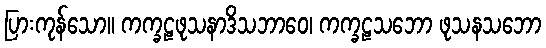
ပြားကုန်သော။ ကက္ခဠဖုသနာဒိသဘာဝေ၊ ကက္ခဠသဘော ဖုသနသဘော